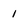
Character: 1